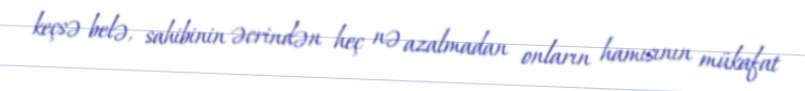
keçsə belə, sahibinin əcrindən heç nə azalmadan onların hamısının mükafat